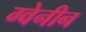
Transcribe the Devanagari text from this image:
ग्वेनीन